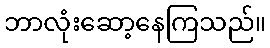
ဘာလုံးဆော့နေကြသည်။